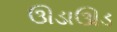
ઊડાઊડ